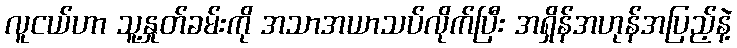
လူငယ်ဟာ သူ့နှုတ်ခမ်းကို အသာအယာသပ်လိုက်ပြီး အရှိန်အဟုန်အပြည့်နဲ့